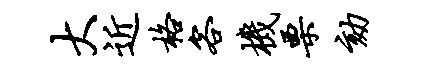
大近格客机栗劾